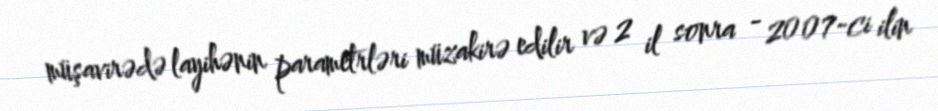
müşavirədə layihənin parametrləri müzakirə edilir və 2 il sonra - 2007-ci ilin